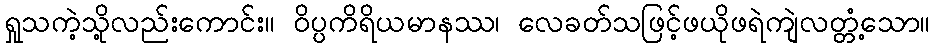
ရှုသကဲ့သို့လည်းကောင်း။ ဝိပ္ပကိရိယမာနဿ၊ လေခတ်သဖြင့်ဖယိုဖရဲကျဲလတ္တံ့သော။